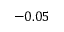
- 0 . 0 5